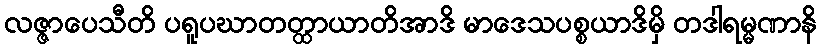
လဇ္ဇာပေသီတိ ပရူပဃာတတ္ထာယာတိအာဒိ မာဒေသပစ္စယာဒိမှိ တဒါရမ္မဏာနိ